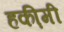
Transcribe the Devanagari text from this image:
हकी़मी